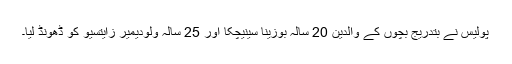
پولیس نے بتدریج بچوں کے والدین 20 سالہ بوزینا سینیچکا اور 25 سالہ ولودیمیر زایتسیو کو ڈھونڈ لیا۔